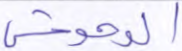
الوحوش